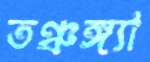
তঞ্চঙ্গ্যা